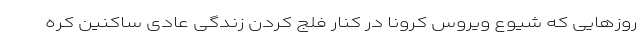
روز‌هایی که شیوع ویروس کرونا در کنار فلج کردن زندگی عادی ساکنین کره